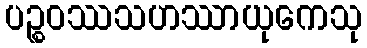
ပဉ္စဝဿသဟဿာယုကေသု